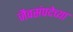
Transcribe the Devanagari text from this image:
जैवसंपदेच्या